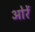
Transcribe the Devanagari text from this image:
ओरें